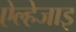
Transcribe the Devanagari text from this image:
ऐल्हेजाइ